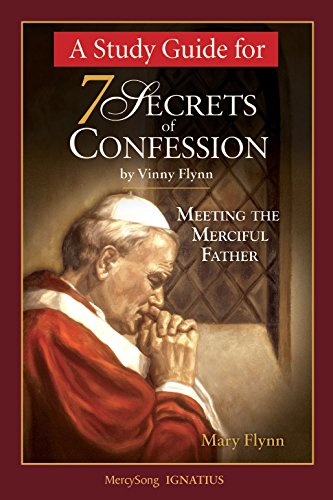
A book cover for A Study Guide for 7 Secrets of Confession: Meeting the Merciful Father; Mary Flynn; Christian Books & Bibles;